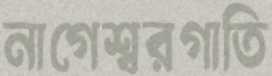
নাগেশ্বরগাতি